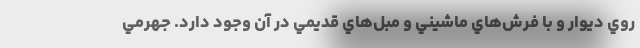
روي ديوار و با فرش‌هاي ماشيني و مبل‌هاي قديمي در آن وجود دارد. جهرمي